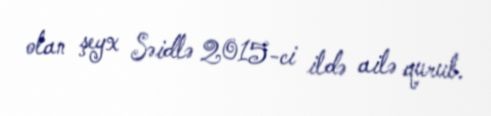
olan şeyx Səidlə 2015-ci ildə ailə qurub.